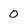
Character: 0